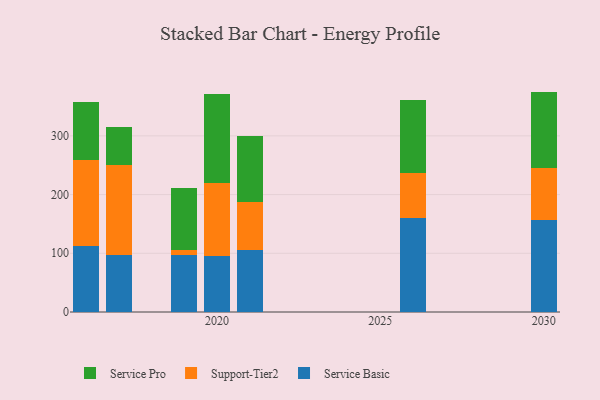
{"axis": {"x": "Year", "y": "Churn Rate (%)"}, "legend": ["Service Basic", "Service Pro", "Support-Tier2"], "data": [{"x": "2030", "y": 156.3, "type": "Service Basic"}, {"x": "2030", "y": 89.6, "type": "Support-Tier2"}, {"x": "2030", "y": 129.5, "type": "Service Pro"}, {"x": "2021", "y": 105.1, "type": "Service Basic"}, {"x": "2021", "y": 83.1, "type": "Support-Tier2"}, {"x": "2021", "y": 111.0, "type": "Service Pro"}, {"x": "2020", "y": 95.8, "type": "Service Basic"}, {"x": "2020", "y": 124.5, "type": "Support-Tier2"}, {"x": "2020", "y": 151.4, "type": "Service Pro"}, {"x": "2017", "y": 96.3, "type": "Service Basic"}, {"x": "2017", "y": 153.7, "type": "Support-Tier2"}, {"x": "2017", "y": 64.5, "type": "Service Pro"}, {"x": "2019", "y": 97.6, "type": "Service Basic"}, {"x": "2019", "y": 8.5, "type": "Support-Tier2"}, {"x": "2019", "y": 104.5, "type": "Service Pro"}, {"x": "2016", "y": 112.5, "type": "Service Basic"}, {"x": "2016", "y": 147.0, "type": "Support-Tier2"}, {"x": "2016", "y": 98.5, "type": "Service Pro"}, {"x": "2026", "y": 160.9, "type": "Service Basic"}, {"x": "2026", "y": 75.2, "type": "Support-Tier2"}, {"x": "2026", "y": 125.6, "type": "Service Pro"}]}